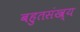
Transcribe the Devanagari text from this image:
बहुतसंख्य